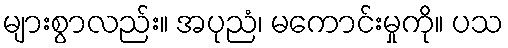
များစွာလည်း။ အပုညံ၊ မကောင်းမှုကို။ ပသ